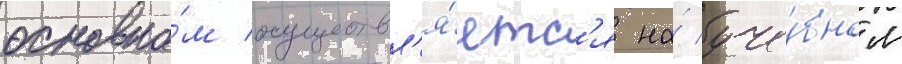
основно́м осуществл'я́етс'я на́ уче́бном